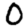
Digit: 0